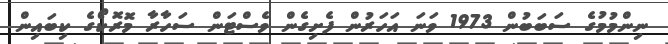
ނިންމުމުގެ ސަބަބުން 1973 ވަނަ އަހަރުން ފެށިގެން ވެސްޓަން ސަހާރާ މޮރޮކޯގެ ކިބައިން